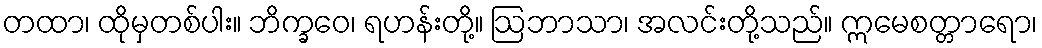
တထာ၊ ထိုမှတစ်ပါး။ ဘိက္ခဝေ၊ ရဟန်းတို့။ ဩဘာသာ၊ အလင်းတို့သည်။ ဣမေစတ္တာရော၊